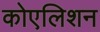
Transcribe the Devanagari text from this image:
कोएलिशन